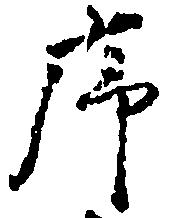
序